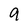
Character: 9